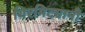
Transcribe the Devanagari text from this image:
गिरमिट्यानी